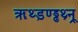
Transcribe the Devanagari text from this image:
ॠथ्ड़ण्ड्ढथ्र्न्र्